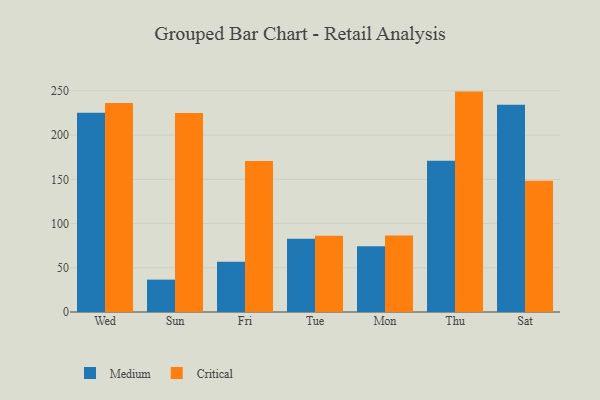
{"axis": {"x": "Day", "y": "Market Share (%)"}, "legend": ["Critical", "Medium"], "data": [{"x": "Wed", "y": 225.3, "type": "Medium"}, {"x": "Wed", "y": 236.3, "type": "Critical"}, {"x": "Sun", "y": 36.6, "type": "Medium"}, {"x": "Sun", "y": 224.9, "type": "Critical"}, {"x": "Fri", "y": 56.8, "type": "Medium"}, {"x": "Fri", "y": 170.7, "type": "Critical"}, {"x": "Tue", "y": 82.9, "type": "Medium"}, {"x": "Tue", "y": 86.1, "type": "Critical"}, {"x": "Mon", "y": 74.4, "type": "Medium"}, {"x": "Mon", "y": 86.6, "type": "Critical"}, {"x": "Thu", "y": 171.1, "type": "Medium"}, {"x": "Thu", "y": 249.2, "type": "Critical"}, {"x": "Sat", "y": 234.3, "type": "Medium"}, {"x": "Sat", "y": 148.5, "type": "Critical"}]}